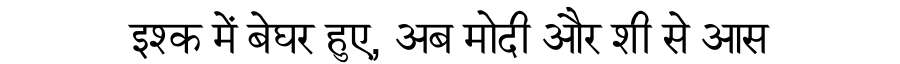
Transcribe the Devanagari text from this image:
इश्क में बेघर हुए, अब मोदी और शी से आस